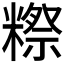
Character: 𬖴